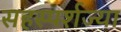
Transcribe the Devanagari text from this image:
सहस्पर्शज्या